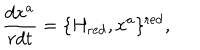
LaTeX: \frac { d x ^ { a } } { r d t } = \{ H _ { \mathrm { r e d } } , x ^ { a } \} ^ { \mathrm { r e d } } ,